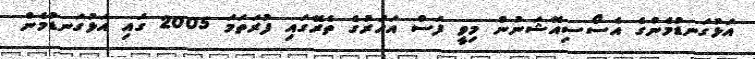
އަޅުގަނޑުމެންގެ އެސޯސިއޭޝަނުން މިވީ ފަސް އަހަރުގެ ތެރޭގައި ފުރަތަމަ 2005 ގައި އަޅުގަނޑުމެން